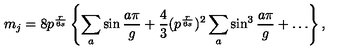
m _ { j } = 8 p ^ { \frac { r } { 6 s } } \left\{ \sum _ { a } \sin \frac { a \pi } { g } + \frac { 4 } { 3 } ( p ^ { \frac { r } { 6 s } } ) ^ { 2 } \sum _ { a } \sin ^ { 3 } \frac { a \pi } { g } + \ldots \right\} ,